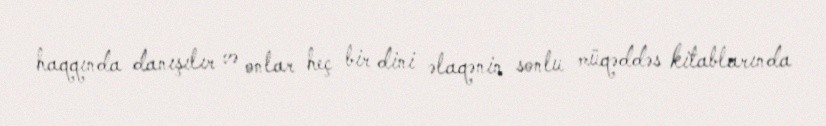
haqqında danışılır və onlar heç bir dini əlaqənin sonlu müqəddəs kitablarında